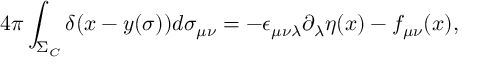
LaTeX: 4 \pi \int _ { \Sigma _ { C } } \delta ( x - y ( \sigma ) ) d \sigma _ { \mu \nu } = - \epsilon _ { \mu \nu \lambda } \partial _ { \lambda } \eta ( x ) - f _ { \mu \nu } ( x ) ,